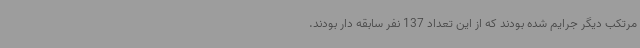
مرتکب دیگر جرایم شده بودند که از این تعداد 137 نفر سابقه دار بودند.